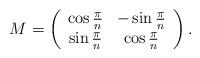
LaTeX: \begin{align*}M = \left(\begin{array}{cc}\cos \frac{\pi}{n} & - \sin \frac{\pi}{n} \\\sin \frac{\pi}{n} & \cos \frac{\pi}{n}\end{array}\right).\end{align*}